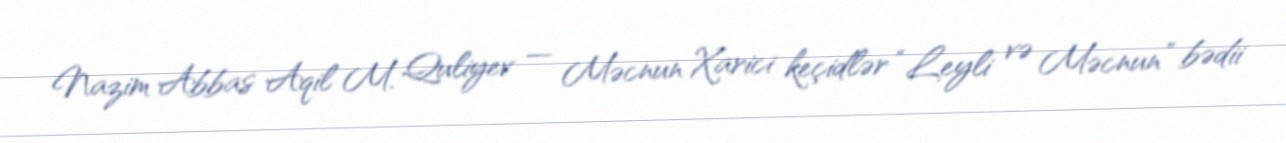
Nazim Abbas Aqil M. Quliyev — Məcnun Xarici keçidlər “Leyli və Məcnun” bədii